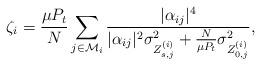
LaTeX: \begin{align*}\zeta_i=\frac{\mu P_t}{N}\sum_{j\in\mathcal{M}_i}\frac{|\alpha_{ij}|^4}{|\alpha_{ij}|^2\sigma_{Z_{s,j}^{(i)}}^2+\frac{N}{\mu P_t}\sigma_{Z_{0,j}^{(i)}}^2},\end{align*}